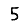
Digit: 5